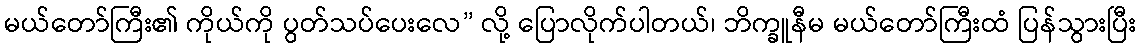
မယ်တော်ကြီး၏ ကိုယ်ကို ပွတ်သပ်ပေးလေ” လို့ ပြောလိုက်ပါတယ်၊ ဘိက္ခူနီမ မယ်တော်ကြီးထံ ပြန်သွားပြီး